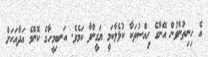
އެ ހިނިތުންވުން އޭނާގެ ހިއްސުތަކާ ކުޅެލާކަމީ ޔަގީންވާ ކަމެވެ. އަނބިމީހާގެ ކޮންމެ އަދާއަކަށް